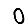
Digit: 0